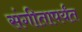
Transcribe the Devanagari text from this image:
संगीतापर्यंत